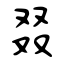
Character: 叕